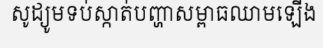
សូដ្យូមទប់ស្កាត់បញ្ហាសម្ពាធឈាមឡើង